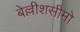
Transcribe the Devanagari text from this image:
बेल्लीशसीमो